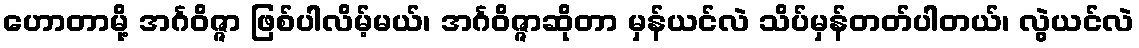
ဟောတာမို့ အင်္ဂဝိဇ္ဇာ ဖြစ်ပါလိမ့်မယ်၊ အင်္ဂဝိဇ္ဇာဆိုတာ မှန်ယင်လဲ သိပ်မှန်တတ်ပါတယ်၊ လွဲယင်လဲ